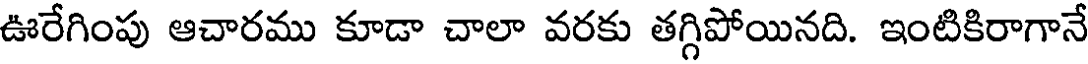
ఊరేగింపు ఆచారము కూడా చాలా వరకు తగ్గిపోయినది. ఇంటికిరాగానే